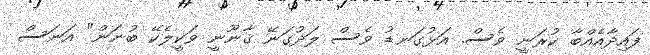
ފައިދާއެއްބާ ކުރަނީ ވެސް. އަޅުގަނޑު ވެސް ލަދުގަނޭ ޤާނޫނީ ވަކީލެކޭ ބުނަން" އަނަސް